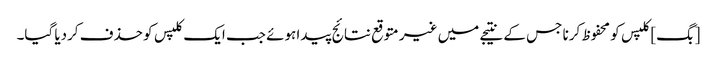
[بگ] کلپس کو محفوظ کرنا جس کے نتیجے میں غیر متوقع نتائج پیدا ہوئے جب ایک کلپس کو حذف کردیا گیا۔